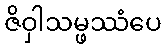
ဇိဝှါသမ္ဖဿံပေ